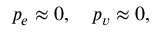
p _ { e } \approx 0 , \quad p _ { v } \approx 0 ,